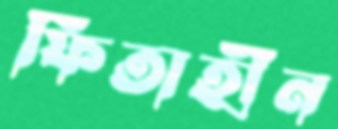
ফিতাহীন